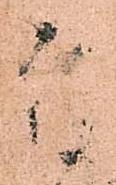
陣